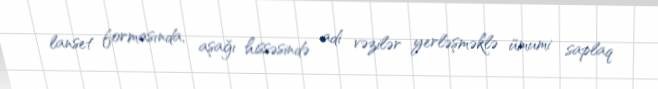
lanset formasında, aşağı hissəsində adi vəzilər yerləşməklə ümumi saplaq